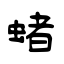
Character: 蝫